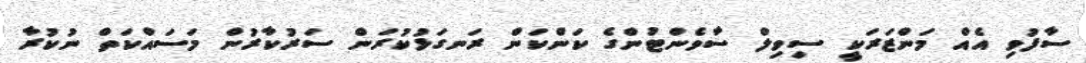
ސާފުވި އެއް މަންޒަރަކީ ސިވިލް ސާވެންޓުންގެ ކަންކަން ރަނގަޅުކުރަން ސަރުކާރުން މަސައްކަތް ނުކުރާ